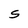
Character: S